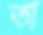
অ